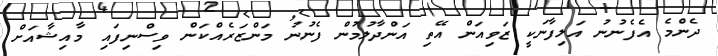
ދެންމެ އެފެނުނު އަލިފާނަކީ ޒަވިއަން އޭތި އަންދާލުމުން ފެނުނު މަންޒަރެއްކަން ވިސްނިފައި މާއިޝާއަށް